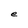
Character: e